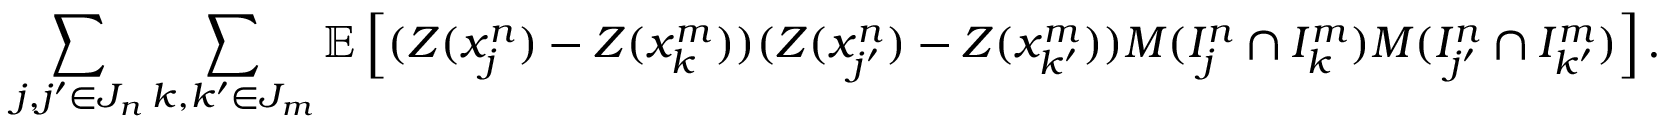
\sum _ { j , j ^ { \prime } \in J _ { n } } \sum _ { k , k ^ { \prime } \in J _ { m } } \mathbb { E } \left[ ( Z ( x _ { j } ^ { n } ) - Z ( x _ { k } ^ { m } ) ) ( Z ( x _ { j ^ { \prime } } ^ { n } ) - Z ( x _ { k ^ { \prime } } ^ { m } ) ) M ( I _ { j } ^ { n } \cap I _ { k } ^ { m } ) M ( I _ { j ^ { \prime } } ^ { n } \cap I _ { k ^ { \prime } } ^ { m } ) \right] .